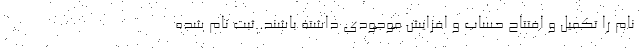
نام را تکمیل و افتتاح حساب و افزایش موجودی داشته باشند. ثبت نام شده